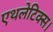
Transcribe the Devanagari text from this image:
एथलेटिक्स।